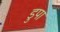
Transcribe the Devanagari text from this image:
डुपा